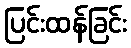
ပြင်းထန်ခြင်း